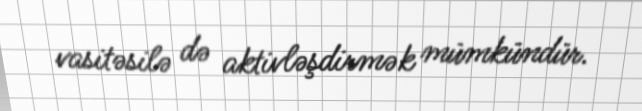
vasitəsilə də aktivləşdirmək mümkündür.